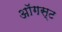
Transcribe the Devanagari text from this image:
अाॅगस्ट